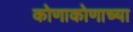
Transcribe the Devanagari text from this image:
कोणाकोणाच्या